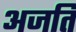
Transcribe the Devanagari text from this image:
अजति